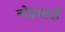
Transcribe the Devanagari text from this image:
बोइयार्दो